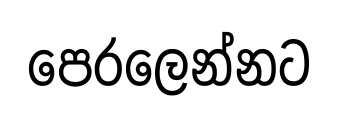
පෙරලෙන්නට